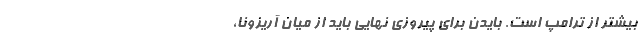
بیشتر از ترامپ است. بایدن برای پیروزی نهایی باید از میان آریزونا،